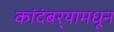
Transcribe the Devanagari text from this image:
कांदंबर्‍यामधून